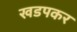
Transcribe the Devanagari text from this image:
खडपकर